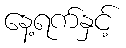
နေ့ရက်နှင့်